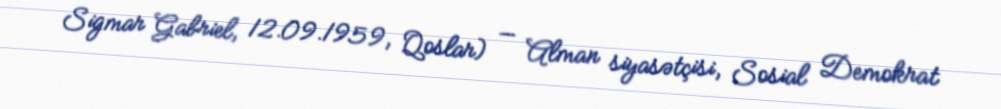
Sigmar Gabriel, 12.09.1959, Qoslar) — Alman siyasətçisi, Sosial Demokrat